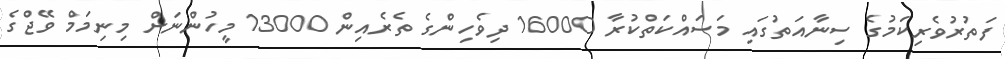
ފަތުރުވެރިކަމުގެ ސިނާއަތުގައި މަސައްކަތްކުރާ 16000 ދިވެހިންގެ ތެރެއިން 13000 މީހުންނަށް މިނިމަމް ވޭޖްގެ